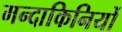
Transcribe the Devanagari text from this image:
मन्दाकिनियों